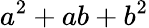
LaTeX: a^{2}+ab+b^{2}